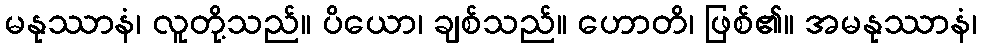
မနုဿာနံ၊ လူတို့သည်။ ပိယော၊ ချစ်သည်။ ဟောတိ၊ ဖြစ်၏။ အမနုဿာနံ၊